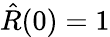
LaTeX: \hat{R}(0)=1